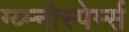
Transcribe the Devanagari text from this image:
ग्य्म्नोस्पेर्म्स